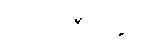
ကိုက်ညီအောင်